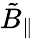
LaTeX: \tilde{B}_{\parallel}